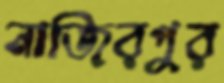
নাজিরপুর